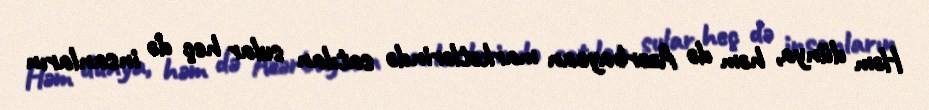
Həm dünya, həm də Azərbaycan marketlərində satılan sular heç də insanların